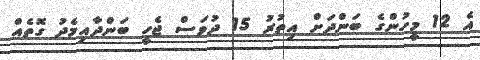
އެ 12 މީހުންގެ ބަންދަށް އިތުރު 15 ދުވަސް ޖެހީ ބަންދާއިމެދު ގޮތެއް